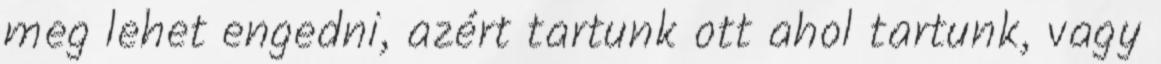
meg lehet engedni, azért tartunk ott ahol tartunk, vagy